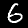
Label: 6